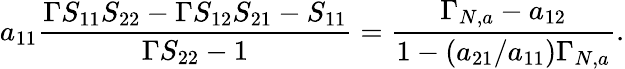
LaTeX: a_{11}\frac{\Gamma S_{11}S_{22}-\Gamma S_{12}S_{21}-S_{11}}{\Gamma S_{22}-1}=\frac{\Gamma_{N,a}-a_{12}}{1-(a_{21}/a_{11})\Gamma_{N,a}}.